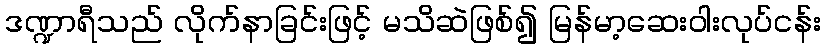
ဒဏ္ဍာရီသည် လိုက်နာခြင်းဖြင့် မသိဆဲဖြစ်၍ မြန်မာ့ဆေးဝါးလုပ်ငန်း